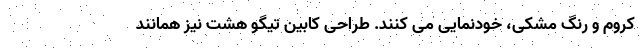
کروم و رنگ مشکی، خودنمایی می کنند. طراحی کابین تیگو هشت نیز همانند